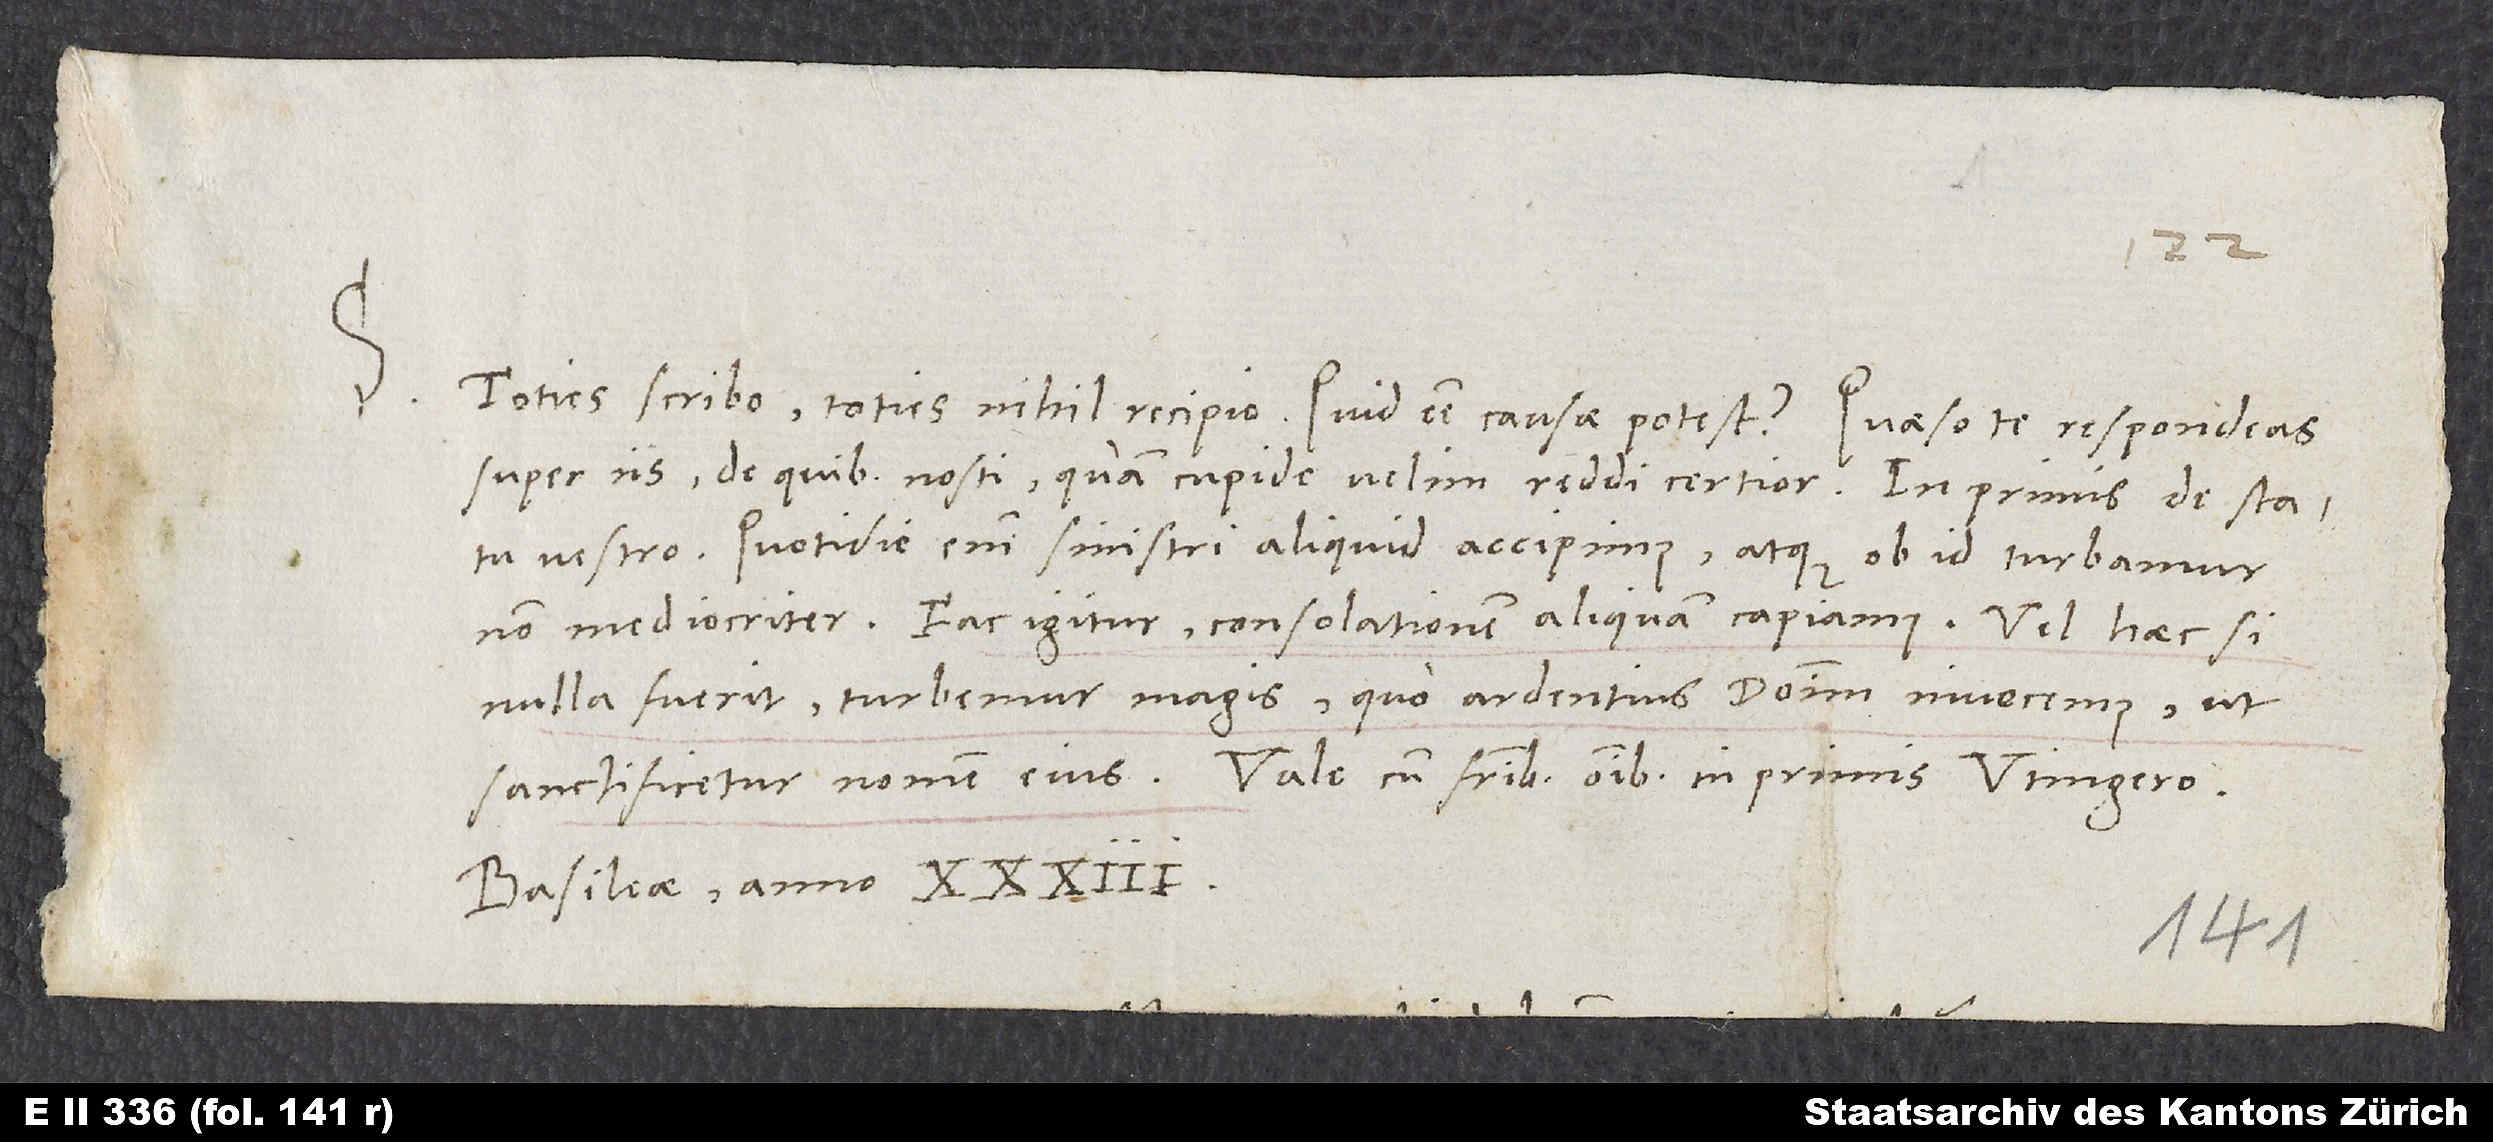
S.

Toties scribo, toties nihil recipio. Quid esse causae potest? Quaeso te respondeas
super eis, de quibus nosti quam cupide velim reddi certior, in primis de statu
vestro. Quotidie enim sinistri aliquid accipimus atque ob id turbamur
non mediocriter. Fac igitur, consolationem aliquam capiamus, vel haec si
nulla fuerit, turbemur magis, quo ardentius dominum invocemus, ut
Basileae, anno 33.